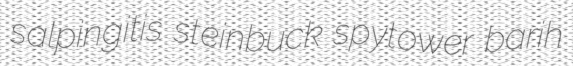
salpingitis steinbuck spytower barih